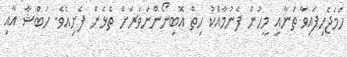
ހަމަޖެހިފައިވާ ތަނާއި މީހުން ފެނުމާއެކު ހިތް އޮބިނޯންނަވަރަށް ތެޅެން ފެށިއެވެ. ހަބްޝާ އާއި